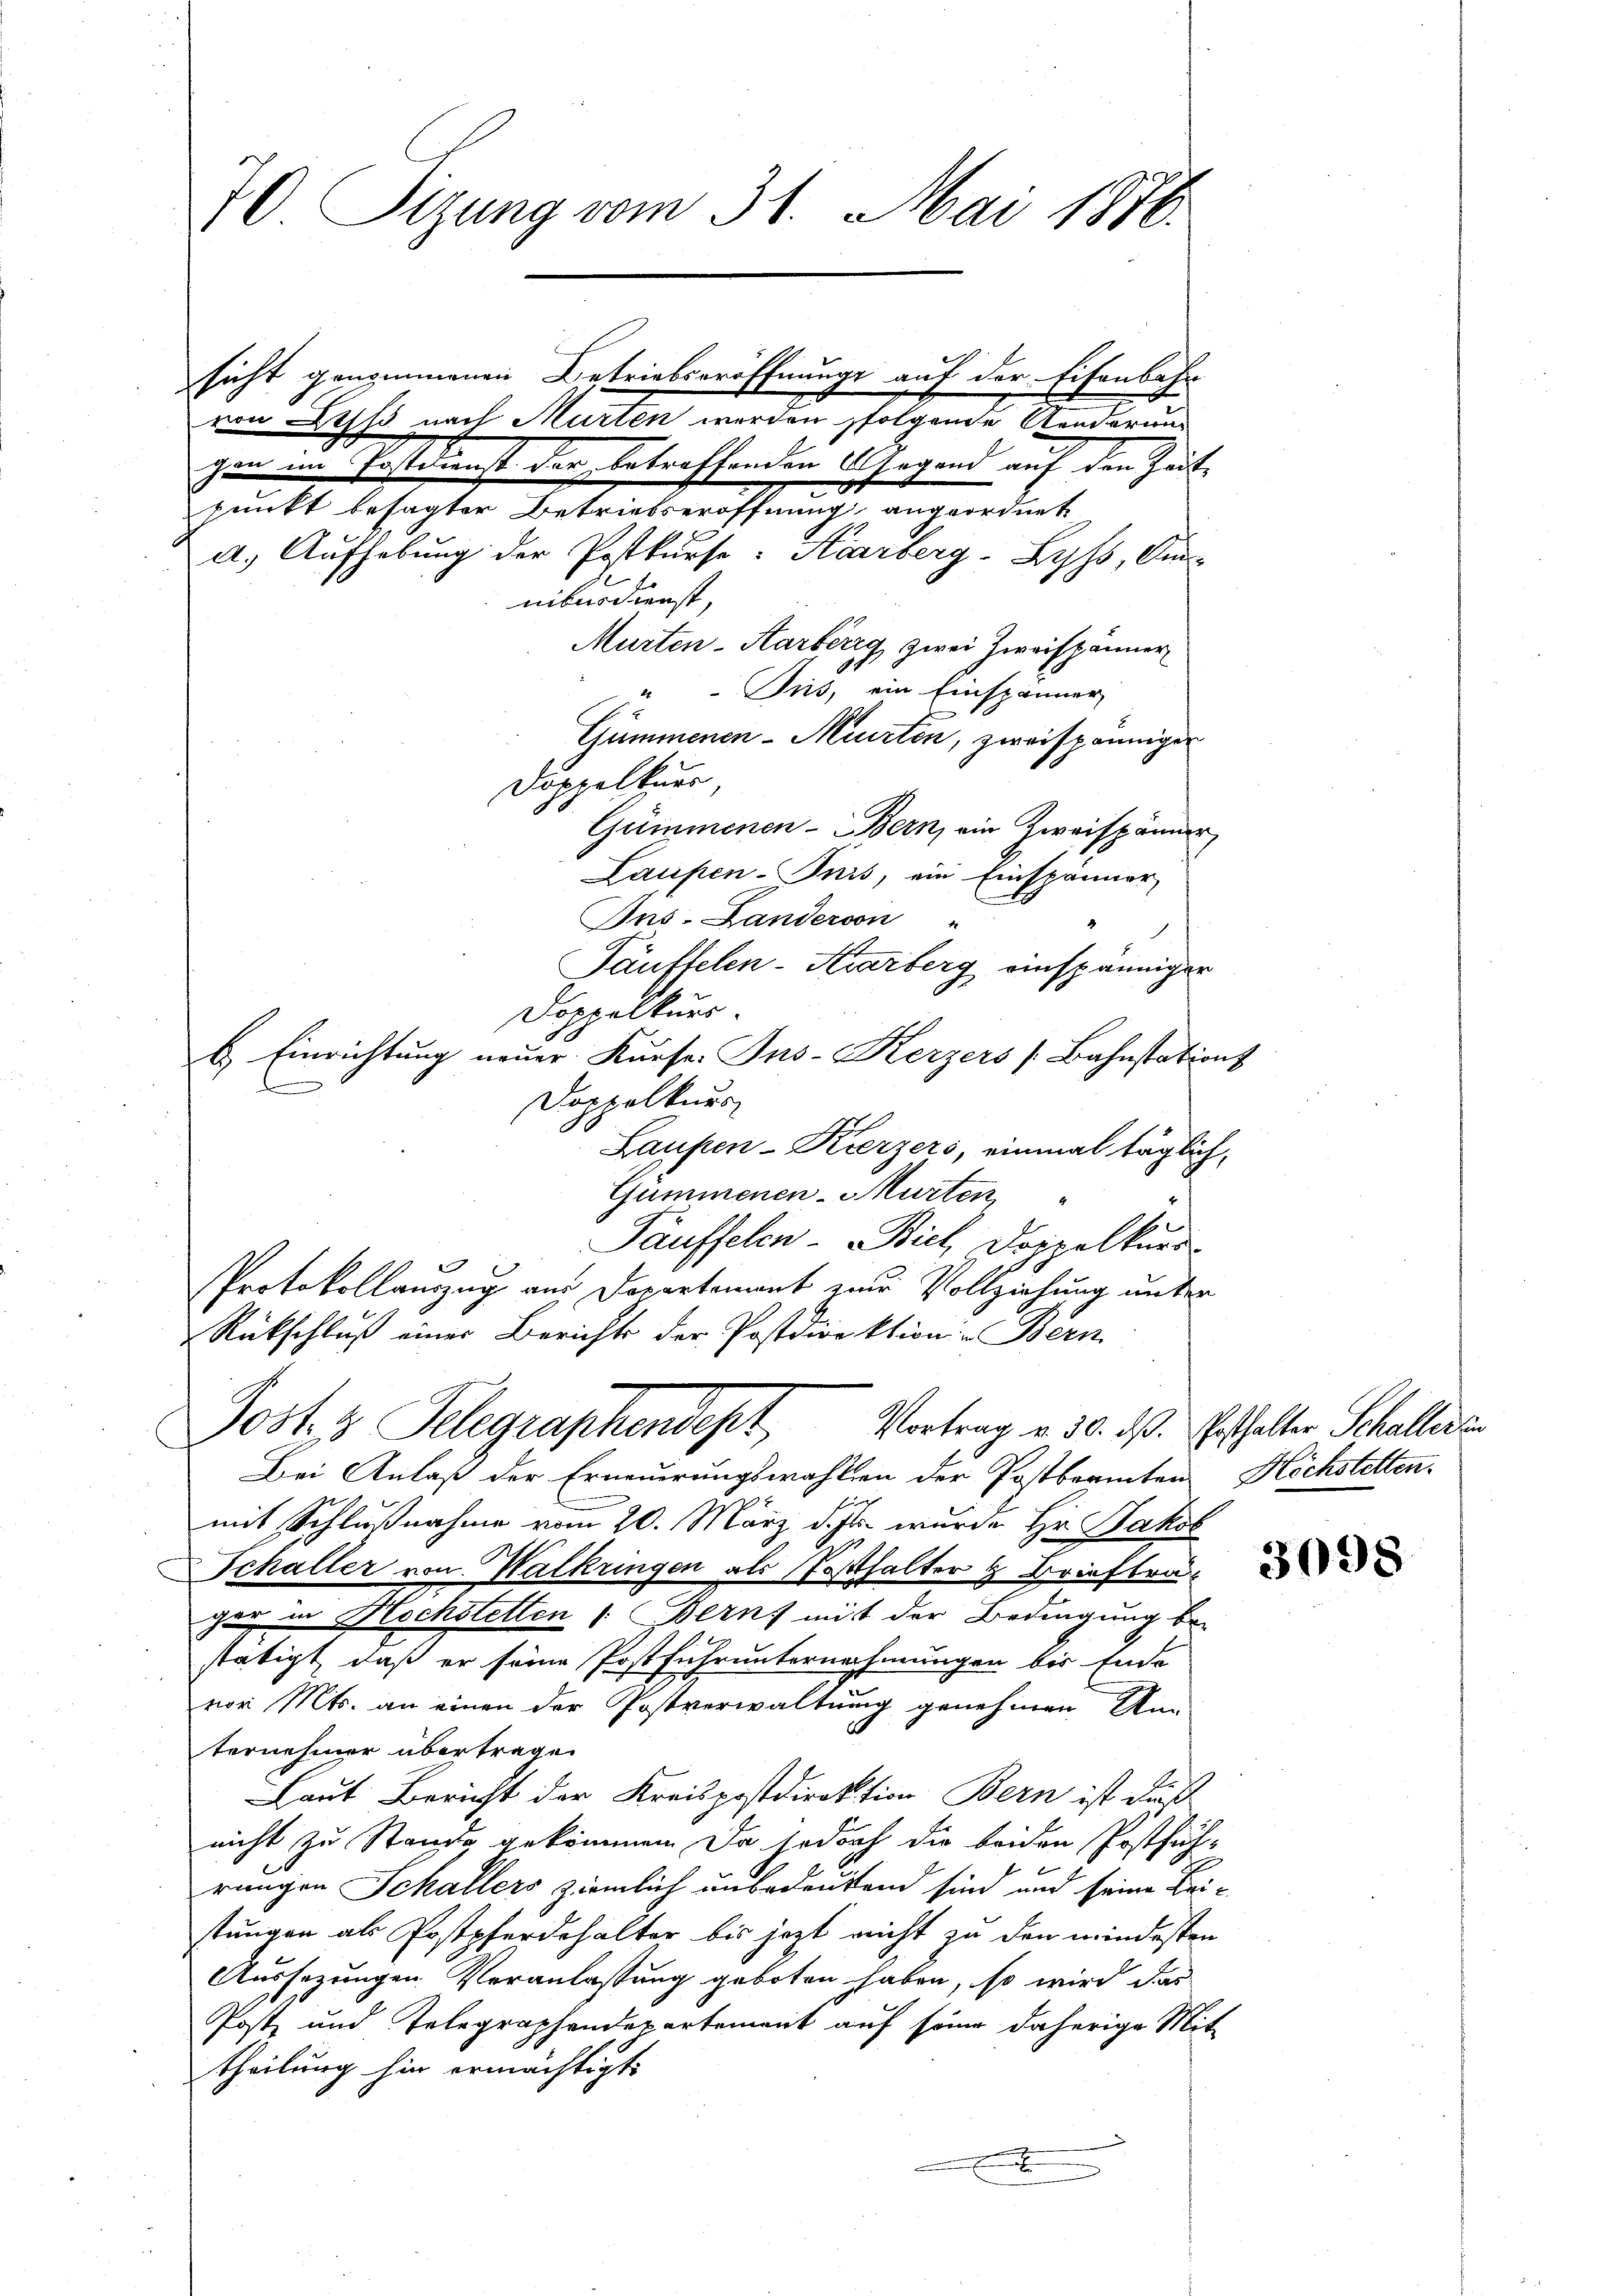
40 Stzung vom 31. Mai 1876.

sicht genommenen Betriebseröffnungs auf der Eisenbahr
von es nach Murten werden folgende Aenderungen im Postdienst der betreffenden (Ergand auf den Zeit
.
punkt besagter Betriebseröffnung angeordnet
a. Aufhebung der Postkurse. Karberg-Lyss, Am-
nibusdienst,
Murten-Aarberg zwei Zweispänner
Jus, ein Einspänner
Gummenen-Meirten, zweispänniger
Doppelkurr
Gummenen - Bern, ein Zweispänner
Laupen-Puis, ein Einspänner
Ans-Landerson
Täuffelen-Krarberg einspänniger
Doppelkurs.
E. Einrichtung neuer Kurse. Ins-Kerzers [Bahnstations
Doppelkurs
Laupen-Krerzers, einmal täglich,
Gümmenen-Murten
Täuffelen- Biel, Doppelkurs
e
PProtokollauszug aus Departement zur Vollziehung unter
Rückschluß einer Berichts der Postdirektion Bern
Post- & Gelegraphendept Vortrag v. 30. ds. erthalter Schallerdin
Bei Anlaß der Erneuerungswahlen der Postbeamten Höchstettenmit Schlußnahme vom 20. März d. Js. wurde Hr. Jakob
Schaller von Walkringen als Posthalter & Brieftra
ger in Hochstetten (Bern, mit der Bedingung be-
stätigt, daß er seine Postfuhrunternehmungen bis Ende
vor. Mts. an einen der Postverwaltung genehmen An
b
ternehmer übertragen
Laut Bericht der Kreispostdirektion Bern ist daß
nicht zu Stande gekommen. Da jedoch die beiden Postfüh-
rungen Schallers ziemlich unbedeutend sind und seine Beistungen als Postpferdehalter bis jetzt nicht zu den mindesten
Aussezungen Veranlassung geboten haben, so wird das
Post und Telegraphendepartement auf seine daherige Mit-
theilung hin ermächtigt.